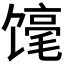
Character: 𲋬